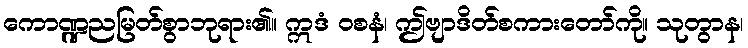
ကောဏ္ဍညမြတ်စွာဘုရား၏။ ဣဒံ ဝစနံ၊ ဤဗျာဒိတ်စကားတော်ကို။ သုတွာန၊